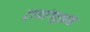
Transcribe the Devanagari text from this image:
ट्रायांग्युलम